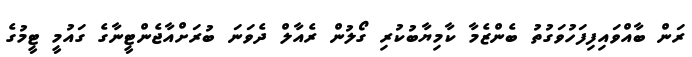
ރަން ބާއްވައިފިފަހުވަގުތު ބެންޒެމާ ކާމިޔާބުކުރި ގޯލުން ރެއާލް ދެވަނަ ބުރަށްއާޖެންޓީނާގެ ގައުމީ ޓީމުގެ